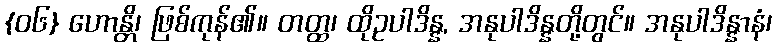
{၀၆} ဟောန္တိ၊ ဖြစ်ကုန်၏။ တတ္ထ၊ ထိုဥပါဒိန္န, အနုပါဒိန္နတို့တွင်။ အနုပါဒိန္နာနံ၊